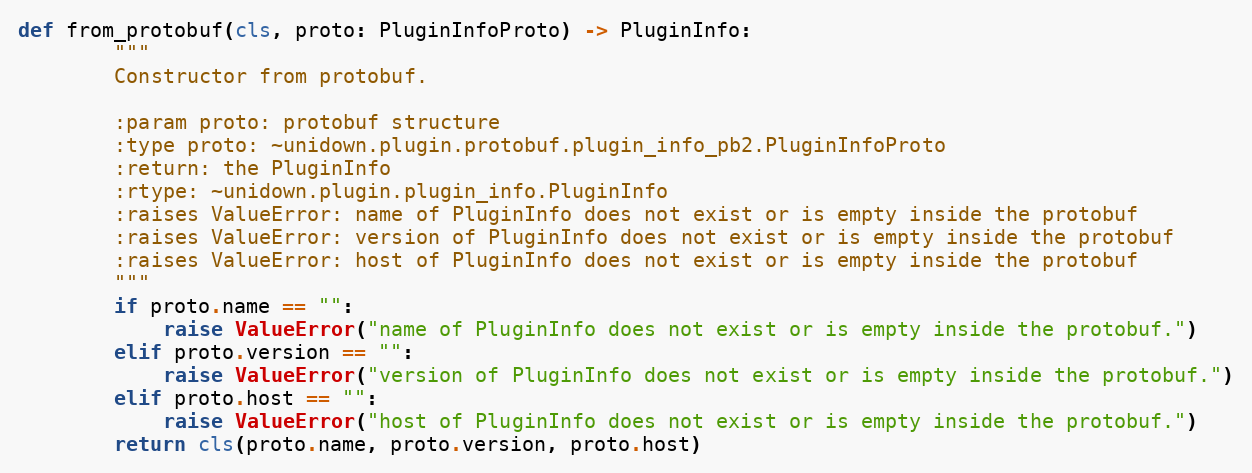
Language: Python
def from_protobuf(cls, proto: PluginInfoProto) -> PluginInfo:
        """
        Constructor from protobuf.

        :param proto: protobuf structure
        :type proto: ~unidown.plugin.protobuf.plugin_info_pb2.PluginInfoProto
        :return: the PluginInfo
        :rtype: ~unidown.plugin.plugin_info.PluginInfo
        :raises ValueError: name of PluginInfo does not exist or is empty inside the protobuf
        :raises ValueError: version of PluginInfo does not exist or is empty inside the protobuf
        :raises ValueError: host of PluginInfo does not exist or is empty inside the protobuf
        """
        if proto.name == "":
            raise ValueError("name of PluginInfo does not exist or is empty inside the protobuf.")
        elif proto.version == "":
            raise ValueError("version of PluginInfo does not exist or is empty inside the protobuf.")
        elif proto.host == "":
            raise ValueError("host of PluginInfo does not exist or is empty inside the protobuf.")
        return cls(proto.name, proto.version, proto.host)